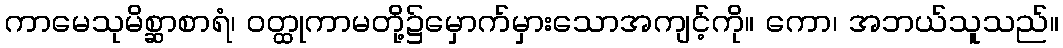
ကာမေသုမိစ္ဆာစာရံ၊ ဝတ္ထုကာမတို့၌မှောက်မှားသောအကျင့်ကို။ ကော၊ အဘယ်သူသည်။